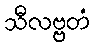
သီလဗ္ဗတံ